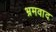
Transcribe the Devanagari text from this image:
भ्रमवाद